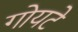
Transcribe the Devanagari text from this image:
गोयटे